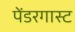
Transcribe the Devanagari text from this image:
पेंडरगास्ट